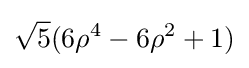
{\sqrt {5}}(6\rho ^{4}-6\rho ^{2}+1)